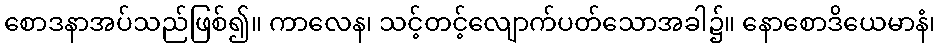
စောဒနာအပ်သည်ဖြစ်၍။ ကာလေန၊ သင့်တင့်လျောက်ပတ်သောအခါ၌။ နောစောဒိယေမာနံ၊